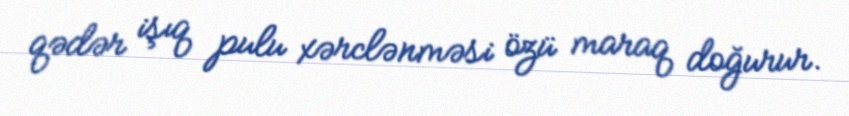
qədər işıq pulu xərclənməsi özü maraq doğurur.